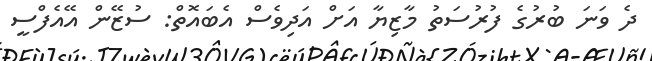
ދެ ވަނަ ބުރުގެ ފުރުސަތު މާޒިޔާ އަށް އަދިވެސް އެބައޮތް: ސުޒޭން އޭއެފްސީ